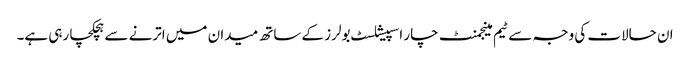
ان حالات کی وجہ سے ٹیم مینجمنٹ چار اسپیشلسٹ بولرز کے ساتھ میدان میں اترنے سے ہچکچا رہی ہے۔